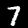
Label: 7